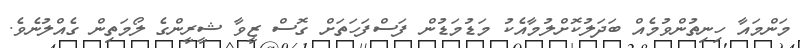
މަންމައާ ހިނިތުންވުމެއް ބަދަލުކޮށްލުމާއެކު މަޑުމަޑުން ފަސްފަހަތަށް ގޮސް ޒީވާ ޝީރީންގެ ލޯމަތިން ގެއްލުނެވެ.